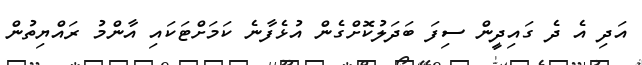
އަދި އެ ދެ ގައިދީން ސިފަ ބަދަލުކޮށްގެން އުޅެފާނެ ކަމަށްޓަކައި އާންމު ރައްޔިތުން